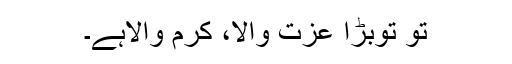
تو توبڑا عزت والا، کرم والاہے۔